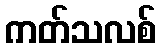
ကတ်သလစ်